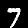
Label: 7